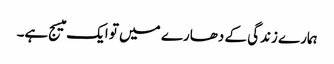
ہمارے زندگی کے دھارے میں تو ایک میسج ہے۔